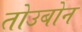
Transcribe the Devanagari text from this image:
तोउबोन